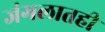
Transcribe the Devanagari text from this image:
जंगलातही